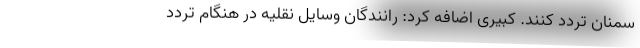
سمنان تردد کنند. کبیری اضافه کرد: رانندگان وسایل نقلیه در هنگام تردد